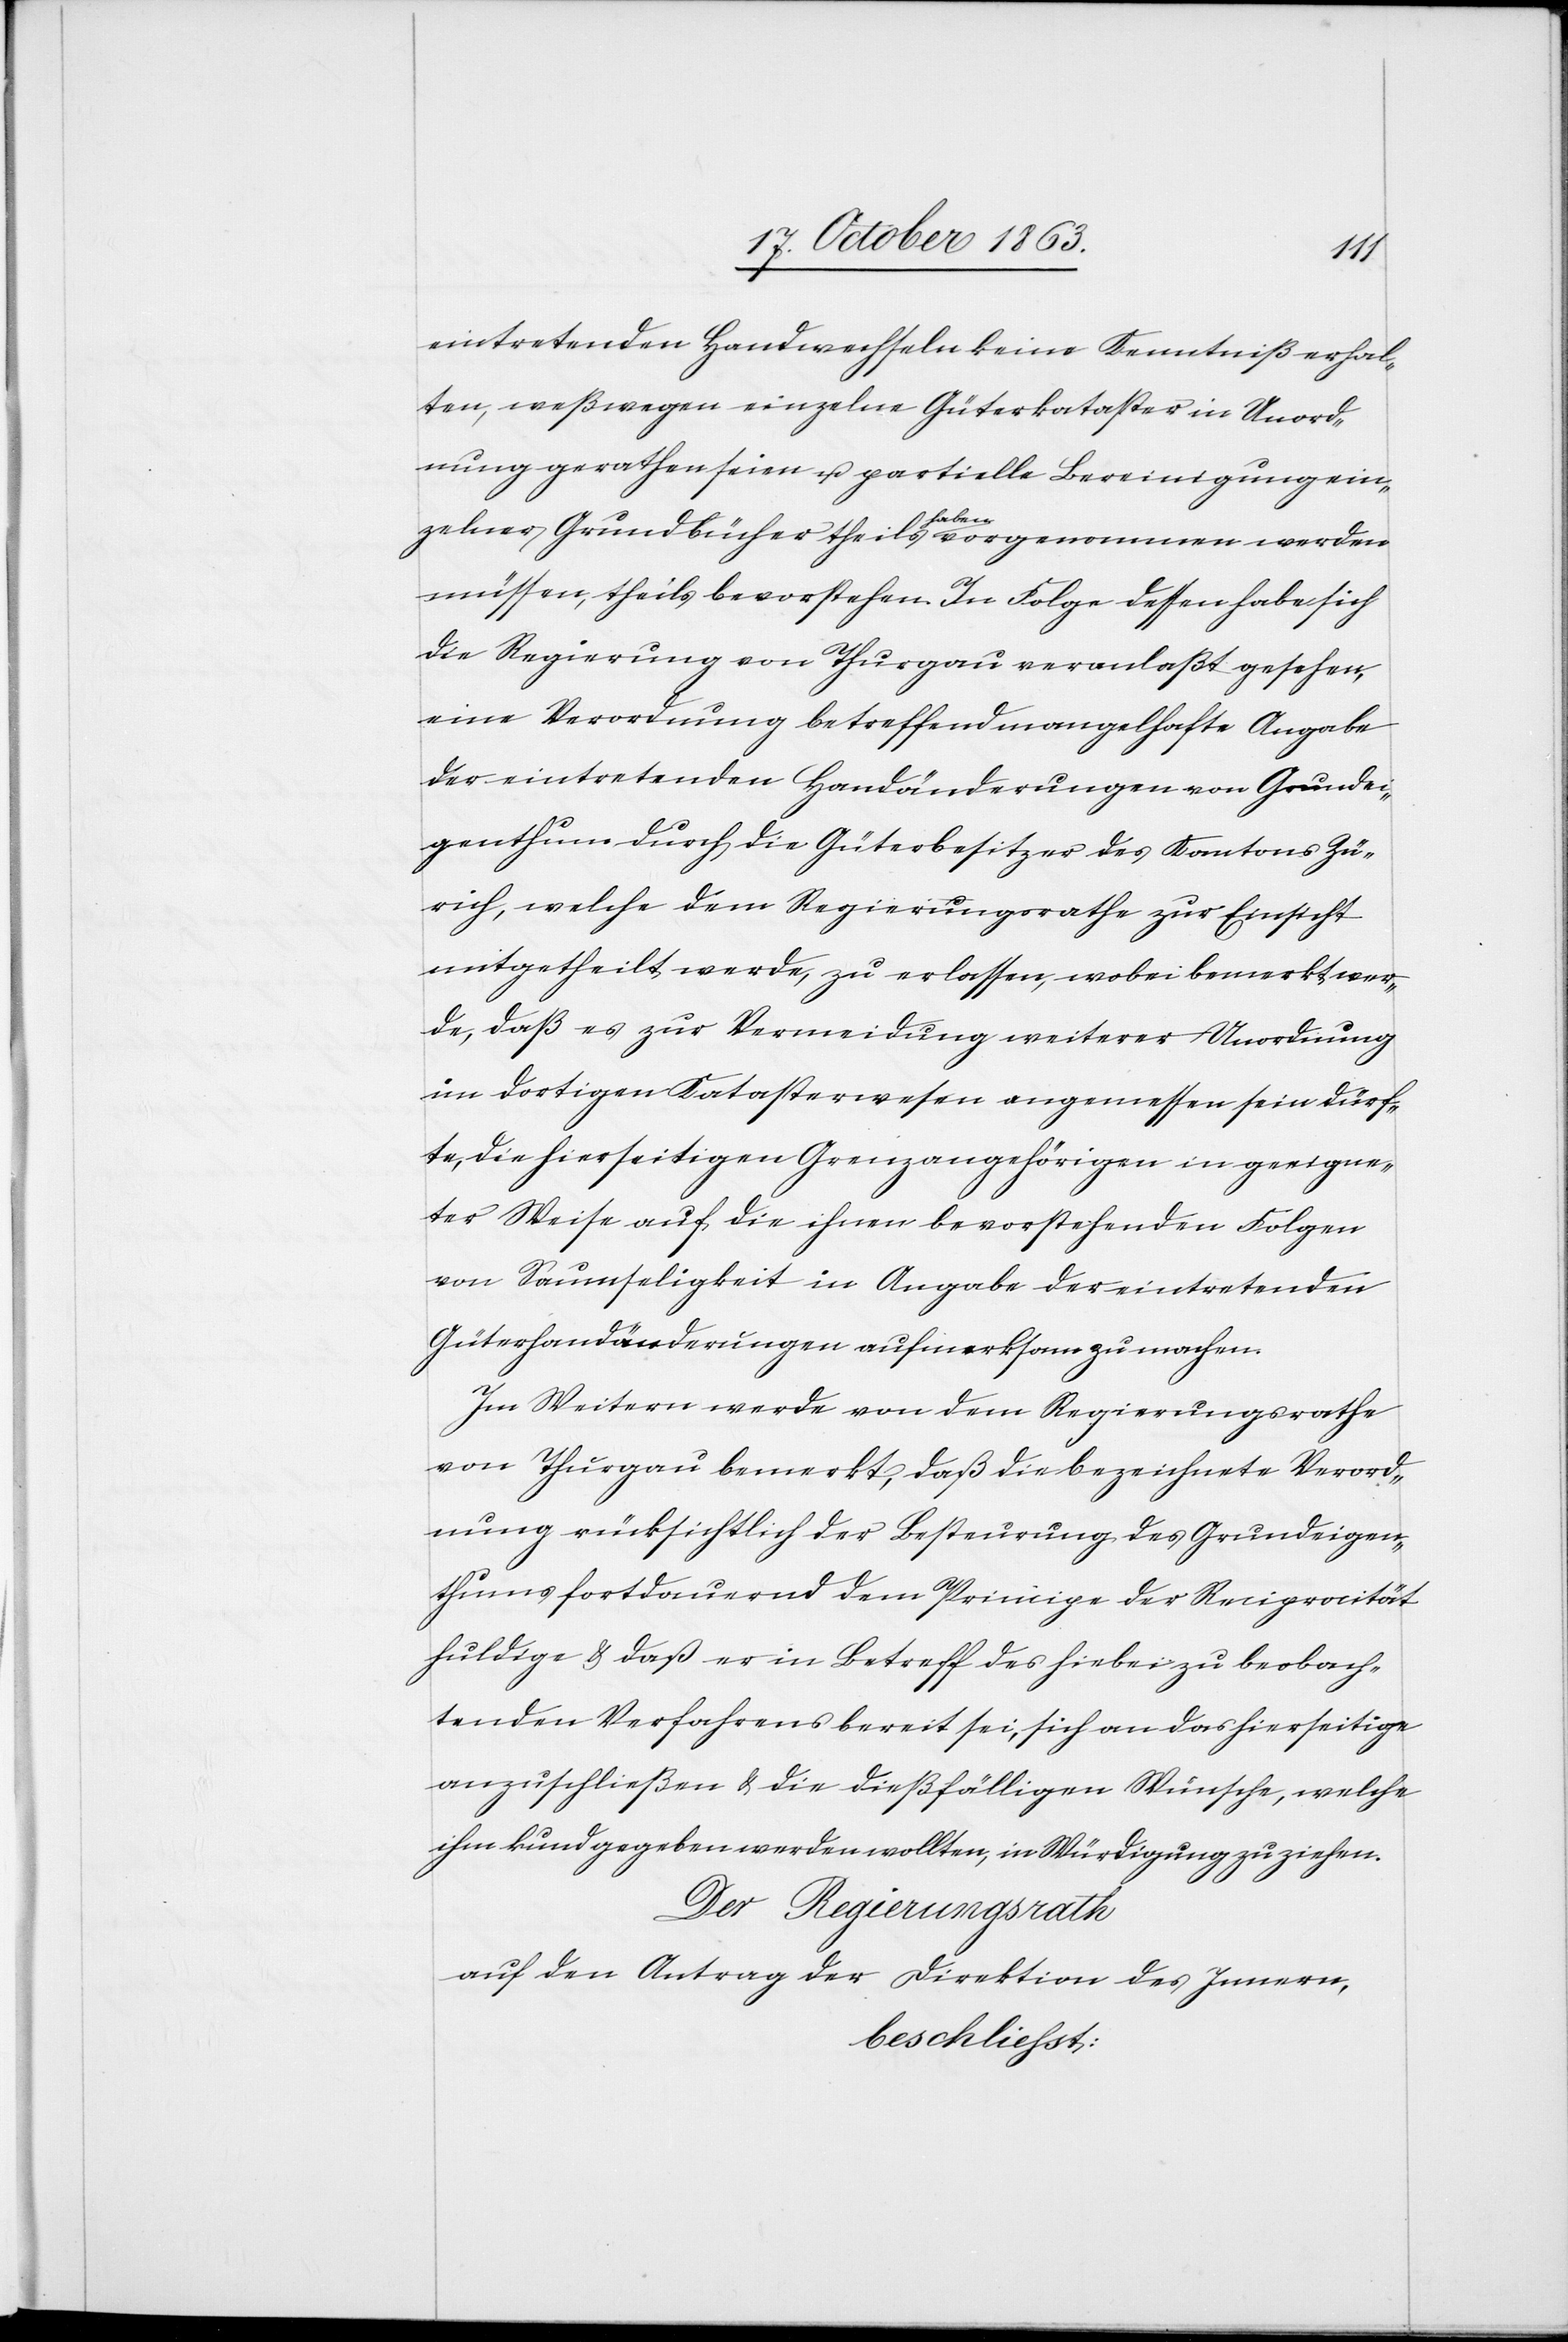
eintretenden Handwechseln keine Kenntniß erhal¬
ten, weßwegen einzelne Güterkataster in Unord¬
nung gerathen seien u. partielle Bereinigung ein¬
zelner Grundbücher theils haben vorgenommen werden
müssen, theils bevorstehen. In Folge dessen habe sich
die Regierung von Thurgau veranlaßt gesehen,
eine Verordnung betreffend mangelhafte Angabe
der eintretenden Handänderungen von Grundei¬
genthum durch die Güterbesitzer des Kantons Zü¬
rich, welche dem Regierungsrathe zur Einsicht
mitgetheilt werde, zu erlassen, wobei bemerkt wer¬
de, daß es zur Vermeidung weiterer Unordnung
im dortigen Katasterwesen angemessen sein dürf¬
te, die hierseitigen Grenzangehörigen in geeigne¬
ter Weise auf die ihnen bevorstehenden Folgen
von Saumseligkeit in Angabe der eintretenden
Güterhandänderungen aufmerksam zu machen.
Im Weitern werde von dem Regierungsrathe
von Thurgau bemerkt, daß die bezeichnete Verord¬
nung rücksichtlich der Besteurung des Grundeigen¬
thums fortdauernd dem Principe der Reciprocität
huldige & daß er in Betreff des hiebei zu beobach¬
tenden Verfahrens bereit sei, sich an das hierseitige
anzuschließen & die dießfälligen Wünsche, welche
ihm kund gegeben werden wollten, in Würdigung zu ziehen.
Der Regierungsrath
auf den Antrag der Direktion des Innern,
beschliesst: